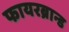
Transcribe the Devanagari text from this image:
फायरब्रान्ड